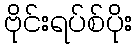
ဗိုင်းရပ်စ်ပိုး